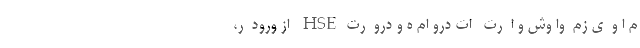
م ا و  ی زم  وا وش و ا  رت   ات درو ام ه و درو  رت HSE  از ورود  ر،